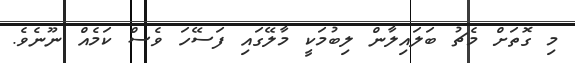
މި ގޮތަށް މެޗު ބަލައިލާން ލިބުމަކީ މާލޭގައި ފަސޭހަ ވެސް ކަމެއް ނޫނެވެ.